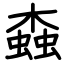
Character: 螙